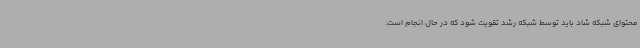
محتوای شبکه شاد باید توسط شبکه رشد تقویت شود که در حال انجام است.